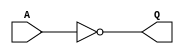
module f_not(A, Q);
  // Input variable A
  input A;
  // Output variable Q
  output Q;
  assign Q = ~A;
endmodule